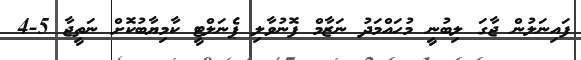
ފައިނަލުން ޖާގަ ލިބުނީ މުހައްމަދު ނަޒާމް ފޮނުވާލި ޕެނަލްޓީ ކާމިޔާބުކޮށް ނަތީޖާ 5-4